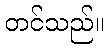
တင်သည်။